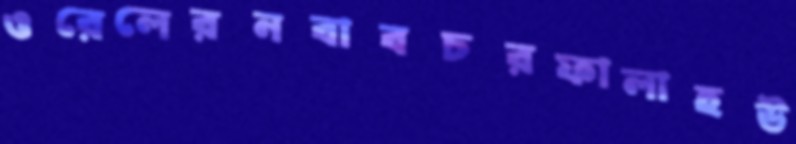
ওরেলেরনবাবচরফালাহউ